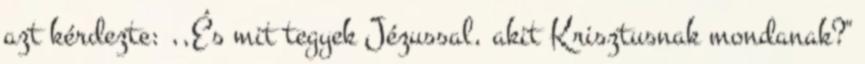
azt kérdezte: ,,És mit tegyek Jézussal, akit Krisztusnak mondanak?''